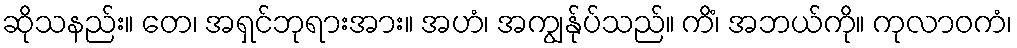
ဆိုသနည်း။ တေ၊ အရှင်ဘုရားအား။ အဟံ၊ အကျွန်ုပ်သည်။ ကိံ၊ အဘယ်ကို။ ကုလာဝကံ၊